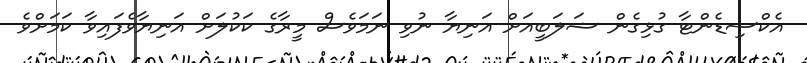
އެކްސިޑެންޓާ ގުޅިގެން ޝަލަބީއަށް އަނިޔާ ނުވި ނަމަވެސް މީރާގެ ކަކުލަށް އަނިޔާވެފައިވާ ކަމަށްވެ